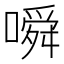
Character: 𫫰